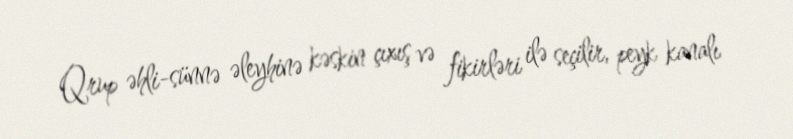
Qrup əhli-sünnə əleyhinə kəskin çıxış və fikirləri ilə seçilir, peyk kanalı